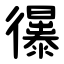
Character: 忁